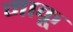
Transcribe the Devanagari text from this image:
माकू